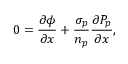
0 = \frac { \partial \phi } { \partial x } + \frac { \sigma _ { p } } { n _ { p } } \frac { \partial { P } _ { p } } { \partial x } ,